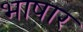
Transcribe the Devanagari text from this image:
भाषार